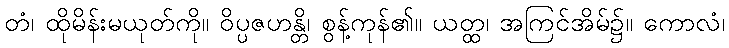
တံ၊ ထိုမိန်းမယုတ်ကို။ ဝိပ္ပဇဟန္တိ၊ စွန့်ကုန်၏။ ယတ္ထ၊ အကြင်အိမ်၌။ ကောလံ၊